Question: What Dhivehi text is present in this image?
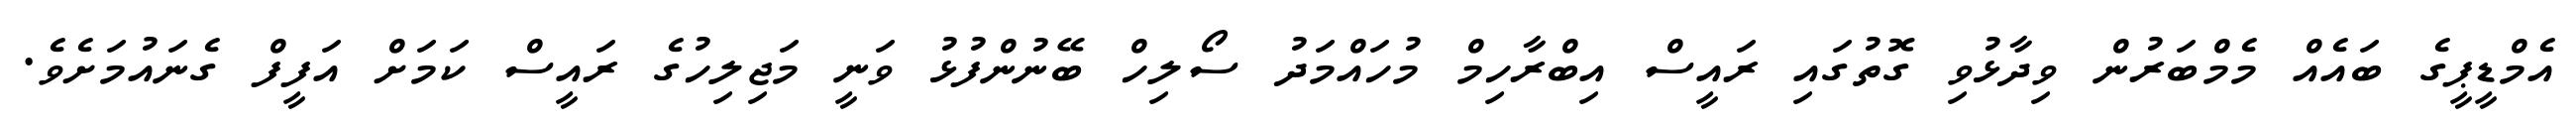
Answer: އެމްޑީޕީގެ ބައެއް މެމްބަރުން ވިދާޅުވި ގޮތުގައި ރައީސް އިބްރާހިމް މުހައްމަދު ސޯލިހް ބޭނުންފުޅު ވަނީ މަޖިލިހުގެ ރައީސް ކަމަށް އަފީފް ގެނައުމަށެވެ.